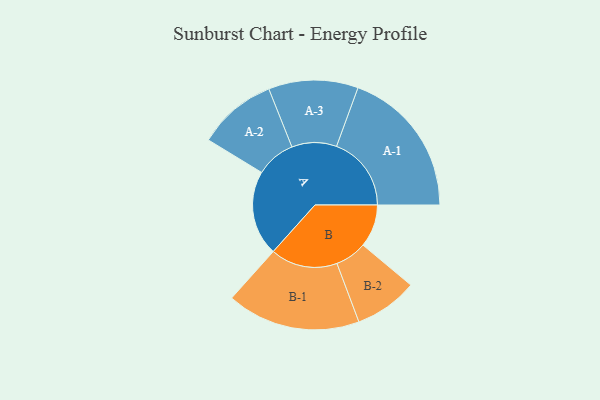
{"axis": {"x": "Segment", "y": "Value"}, "legend": ["", "A", "B"], "data": [{"x": "A", "y": 323, "type": ""}, {"x": "B", "y": 162, "type": ""}, {"x": "A-1", "y": 284, "type": "A"}, {"x": "A-2", "y": 150, "type": "A"}, {"x": "A-3", "y": 170, "type": "A"}, {"x": "B-1", "y": 254, "type": "B"}, {"x": "B-2", "y": 120, "type": "B"}]}